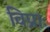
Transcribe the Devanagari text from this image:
विप्राः